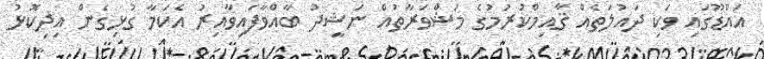
އައްޑޫގައި ވަކި ދައުލަތެއް ޤާއިމްކުރުމުގެ މަޝްވަރާތައް ނަޝީދު ބާއްވާފައިވާއިރު އެކަމާ ގުޅިގެން އިދިކޮޅު